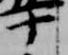
十